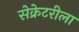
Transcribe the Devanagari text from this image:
सेक्रेटरीला